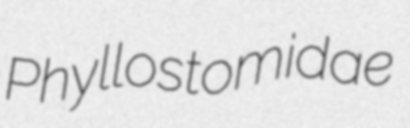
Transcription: Phyllostomidae